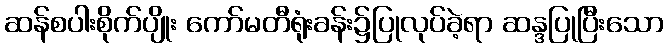
ဆန်စပါးစိုက်ပျိုး ကော်မတီရုံးခန်း၌ပြုလုပ်ခဲ့ရာ ဆန္ဒပြုပြီးသော